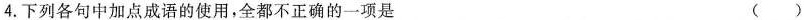
4.下列各句中加点成语的使用，全都不正确的一项是 ()